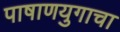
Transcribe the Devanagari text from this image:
पाषाणयुगाचा